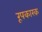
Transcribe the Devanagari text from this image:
रूपकारक